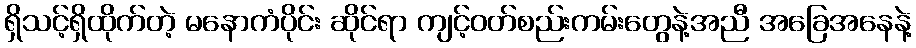
ရှိသင့်ရှိထိုက်တဲ့ မနောကံပိုင်း ဆိုင်ရာ ကျင့်ဝတ်စည်းကမ်းတွေနဲ့အညီ အခြေအနေနဲ့